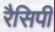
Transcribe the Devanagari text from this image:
रैसिपी